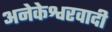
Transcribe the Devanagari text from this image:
अनेकेश्वरवादी